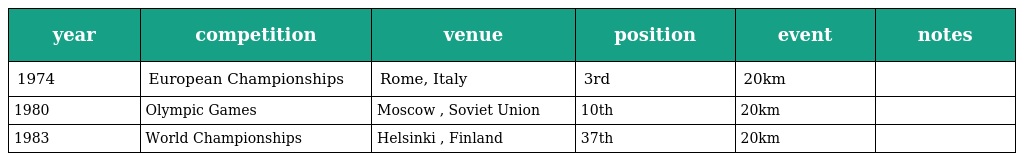
| year | competition | venue | position | event | notes |
 | --- | --- | --- | --- | --- | --- |
 | 1974 | European Championships | Rome, Italy | 3rd | 20km |  |
 | 1980 | Olympic Games | Moscow , Soviet Union | 10th | 20km |  |
 | 1983 | World Championships | Helsinki , Finland | 37th | 20km |  |